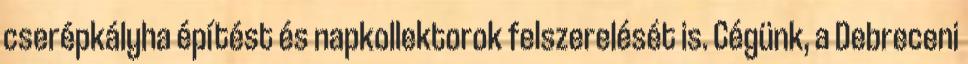
cserépkályha építést és napkollektorok felszerelését is. Cégünk, a Debreceni